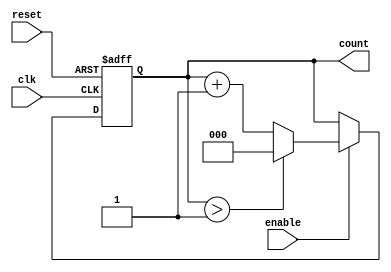
module mixed_radix_counter (
    input wire clk,               // Clock input
    input wire reset,             // Asynchronous reset
    input wire enable,            // Enable signal
    output reg [N-1:0] count      // Multi-bit output representing the counter value
);

// Parameters
parameter N = 3;                // Number of stages (adjustable as per requirements)
parameter RADIX_0 = 2;          // Radix for stage 0
parameter RADIX_1 = 3;          // Radix for stage 1
parameter RADIX_2 = 4;          // Radix for stage 2
// Add more radices if needed by extending the parameters

// Stage registers
reg [N-1:0] stage [0:N-1];      // Array of registers for each stage
wire [N-1:0] max;               // Array to hold maximum values for each stage

// Assign maximum values based on radix
assign max[0] = RADIX_0 - 1;
assign max[1] = RADIX_1 - 1;
assign max[2] = RADIX_2 - 1;

// Process for counting
integer i;
always @(posedge clk or posedge reset) begin
    if (reset) begin
        // Asynchronous reset
        for (i = 0; i < N; i = i + 1) begin
            stage[i] <= 0; // Reset all stages to zero
        end
    end else if (enable) begin
        // Counting logic
        stage[0] <= stage[0] + 1; // Increment least significant stage
        
        // Handle carry out
        for (i = 0; i < N; i = i + 1) begin
            if (stage[i] > max[i]) begin
                stage[i] <= 0; // Reset current stage
                if (i < N-1) begin
                    stage[i+1] <= stage[i+1] + 1; // Carry to next stage
                end
            end
        end
    end
end

// Output current count value
always @(*) begin
    count = {stage[2], stage[1], stage[0]}; // Concatenate stages to form output
end

endmodule